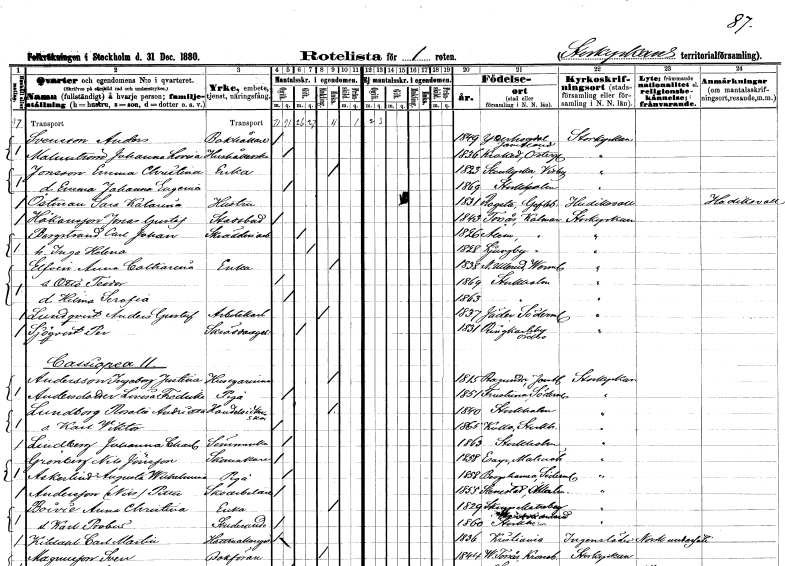
gt_parse: households: individuals: FN: Anders
EN: Svensson
YRKE: Bokhållare
KON: M
CIV: O
FODAR: 1849
FODFORS: Ytterhogdal Jämtlands län
FN: Johanna Lovisa
EN: Malmström
YRKE: Hushållerska
KON: K
CIV: O
FODAR: 1836
FODFORS: Krokek Östergötlands län
FN: Emma Christina
EN: Jonsson
YRKE: Änka
KON: K
CIV: E
FODAR: 1823
FODFORS: Stenkyrka Gotlands län
FN: Johanna Eugenia
KON: K
CIV: O
FODAR: 1869
FODFORS: Stockholm
FN: Sara Katarina
EN: Östman
YRKE: Hustru
KON: K
CIV: G
FODAR: 1831
FODFORS: Rogsta Gävleborgs län
FN: Jonas Gustaf
EN: Håkansson
YRKE: Stadsbud
KON: M
CIV: O
FODAR: 1843
FODFORS: Torsås Kalmar län
FN: Carl Johan
EN: Borgstrand
YRKE: Skrädderiarbetare
KON: M
CIV: G
FODAR: 1826
FODFORS: Ålem Kalmar län
FN: Inga Helena
KON: K
CIV: G
FODAR: 1828
FODFORS: Ljungby Kalmar län
FN: Anna Catharina
EN: Elfvin
YRKE: Änka
KON: K
CIV: E
FODAR: 1838
FODFORS: Nedre Ullerud Värmlands län
FN: Otto Teodor
KON: M
CIV: O
FODAR: 1869
FODFORS: Stockholm
FN: Hilma Serafia
KON: K
CIV: O
FODAR: 1863
FODFORS: Stockholm
FN: Anders Gustaf
EN: Lundqvist
YRKE: Arbetskarl
KON: M
CIV: E
FODAR: 1837
FODFORS: Jäder Södermanlands län
FN: Per
EN: Sjöqvist
YRKE: Skräddaregesäll
KON: M
CIV: G
FODAR: 1831
FODFORS: Rinkaby Örebro län
FN: Ingeborg Justina
EN: Andersson
YRKE: Husägarinna
KON: K
CIV: E
FODAR: 1815
FODFORS: Ragunda Jämtlands län
FN: Lovisa Fredrika
EN: Andersdotter
YRKE: Piga
KON: K
CIV: O
FODAR: 1851
FODFORS: Frustuna Södermanlands län
FN: Rosalia Andrietta
EN: Lundborg
YRKE: Handelsidkerska
KON: K
CIV: E
FODAR: 1840
FODFORS: Stockholm
FN: Karl Viktor
KON: M
CIV: O
FODAR: 1865
FODFORS: Kulla Stockholms län
FN: Johanna Charlotta
EN: Lindberg
YRKE: Sömmerska
KON: K
CIV: O
FODAR: 1863
FODFORS: Stockholm
FN: Nils
EN: Grönberg Jönsson
YRKE: Skomakare
KON: M
CIV: O
FODAR: 1858
FODFORS: Esarp Malmöhus län
FN: Augusta Wilhelmina
EN: Askerlind
YRKE: Piga
KON: K
CIV: O
FODAR: 1858
FODFORS: Bergshammar Södermanlands län
FN: Nils Petter
EN: Andersson
YRKE: Skoarbetare
KON: M
CIV: O
FODAR: 1855
FODFORS: Stenestad Malmöhus län
FN: Anna Christina
EN: Boivie
YRKE: Änka
KON: K
CIV: E
FODAR: 1829
FODFORS: Skinnskatteberg Västmanlands län
FN: Karl Robert
YRKE: Studerande
KON: M
CIV: O
FODAR: 1860
FODFORS: Stockholm